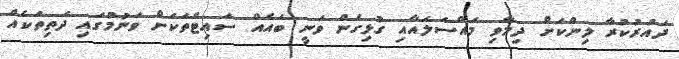
ދައުރުކުރާ ލިންކަށް ދިމާވި މައްސަލައާއި ގުޅިގެން ވަނީ ބައެއް ސައިޓްތަކަށް ވަނުމުގައި ދަތިތަކެއް